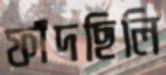
ফাঁদছিলি